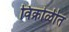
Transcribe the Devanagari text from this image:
विक्रोळीत